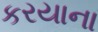
કરયાના